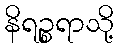
နိရဉ္စရာသို့